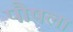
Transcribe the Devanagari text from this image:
पौषला